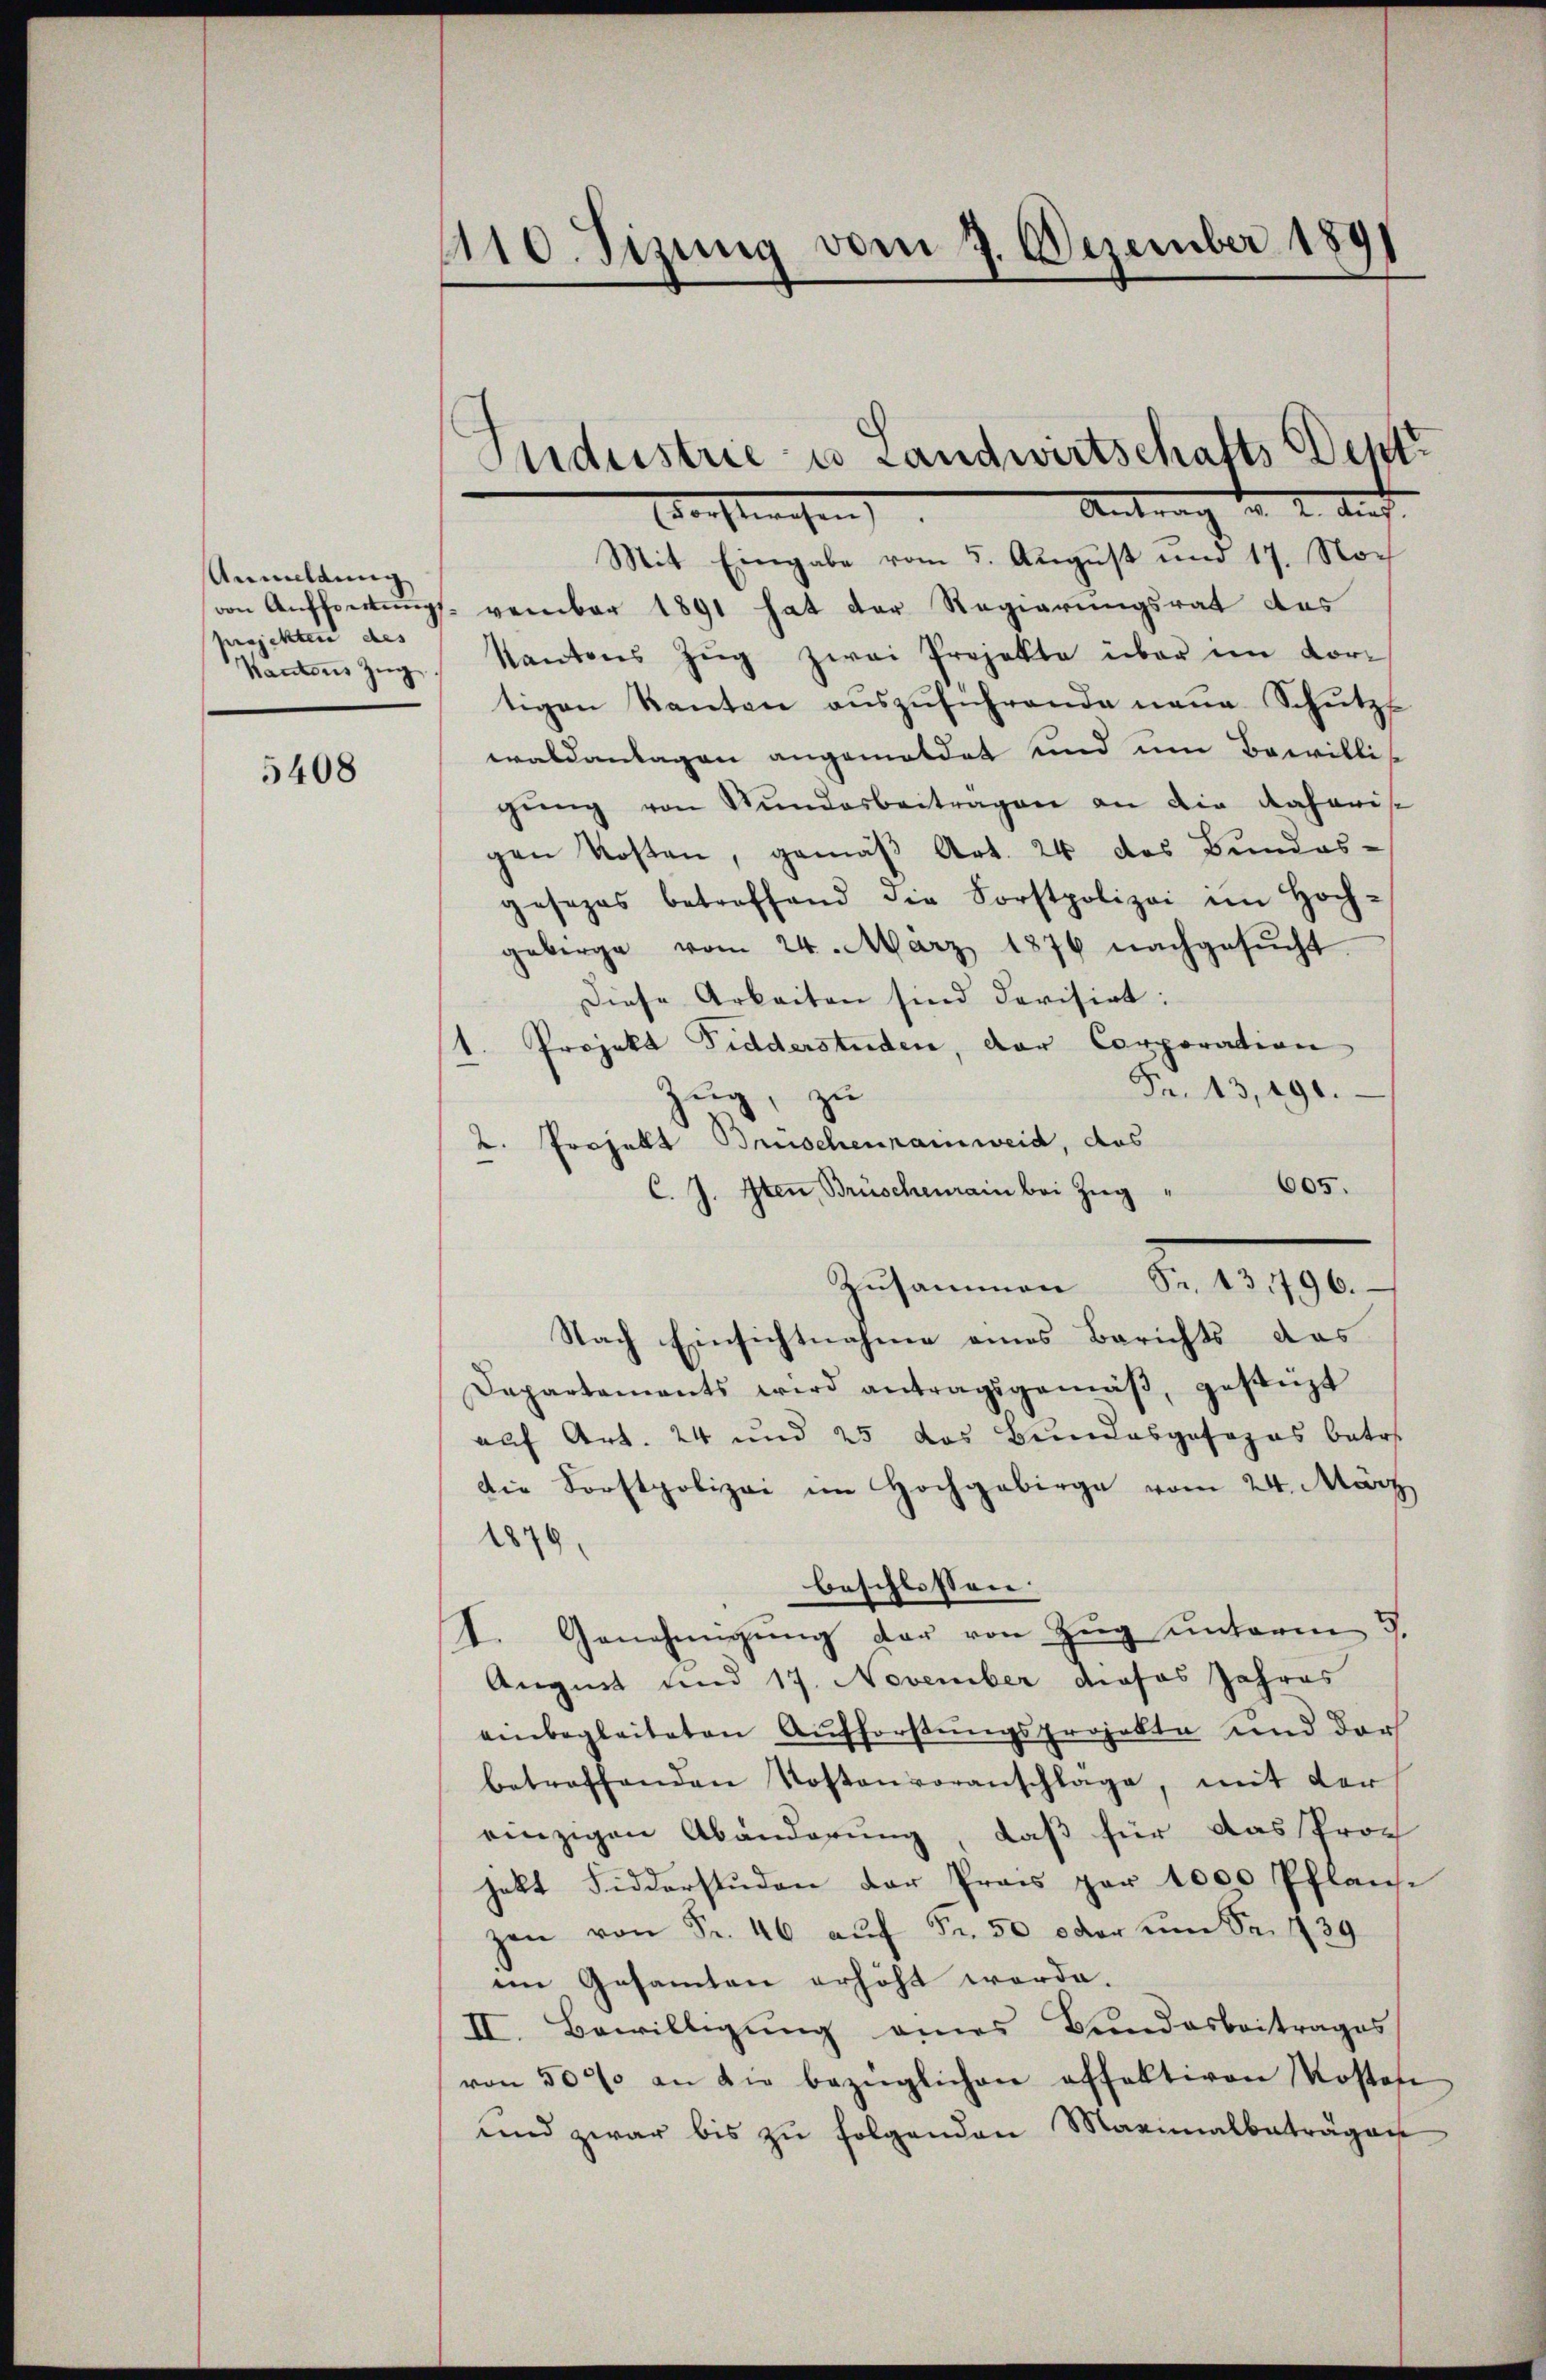
Anmeldung
projekten des
Kantons Zug

5408

410. Sizung vom 7. Dezember 1891

Sndustrie u Landwirtschafts entz
Unter Auf
Vorstwesen

Mit Eingabe vom 5. August und 17. Noch
von Auffortungs- vember 1891 hat der Regierungsrat des
Kantons Zŭg zwei Projekte über im dor
tigen Kanton aŭszŭführende neŭe Schutz
waldanlagen angemeldet und um Bewillis
gŭng von Stŭndesbeitragen an die daheris
gen Kosten, gemäβ Art. 24 des Bundes-
gesezes betreffend die Forstpolizei im Hoch-
gebirge vom 24. März 1876 nachgesŭcht
Diese Arbeiten sind devisirt:
1. Projekt Fidderstuden, der Corporation
Fr. 13, 490.
zug, zu
2. Projekt Bruschenrainweid, das
605.
C. J. Iten, Brüschenrain bei Zug
Zusammen Sr. 131796.
Nach Einsichtnahme eines Berichts das
Dapartaments wird antragsgemäβ, gestüzt
auf Art. 24 und 25 das Bundesgesages betr.
die Forstpolizei im Hochgebirge vom 24. März
1879,
beschlossen.
I. Genehmigŭng der von Zŭg ŭnteren 5.
Augnet und 17. November dieses Jahres
einbegleiteten Aufforstungsprojekte und der
betreffenden Kostenvoranschlage, mit der
einzigen Abänderung, daß für das Prof
halt Fidderstuden der Prais par 1000 Pflanze
zen von Fr. 46 aŭf Fr. 50 oder um Sr. 439
ein Gesamten erhöht werde.
II. Bewilligung eines Bundesbeitrages
von 500 an die bezüglichen offektiven Kosten
und zwar bis zŭ folgenden Maximalbeträgen